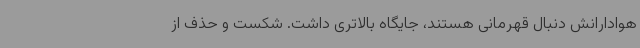
هوادارانش دنبال قهرمانی هستند، جایگاه بالاتری داشت. شکست و حذف از